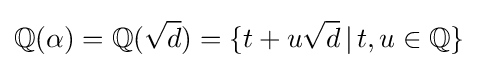
\mathbb {Q} (\alpha )=\mathbb {Q} ({\sqrt {d}})=\{t+u{\sqrt {d}}\,|\,t,u\in \mathbb {Q} \}